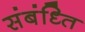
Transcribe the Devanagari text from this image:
संबंध्ति